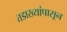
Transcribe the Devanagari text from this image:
तडाख्यांपासून